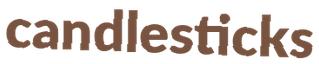
candlesticks